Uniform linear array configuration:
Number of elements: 4
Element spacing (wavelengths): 1
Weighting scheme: exponential
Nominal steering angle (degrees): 45
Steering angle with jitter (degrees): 43.503
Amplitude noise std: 0.05
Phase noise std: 0.05

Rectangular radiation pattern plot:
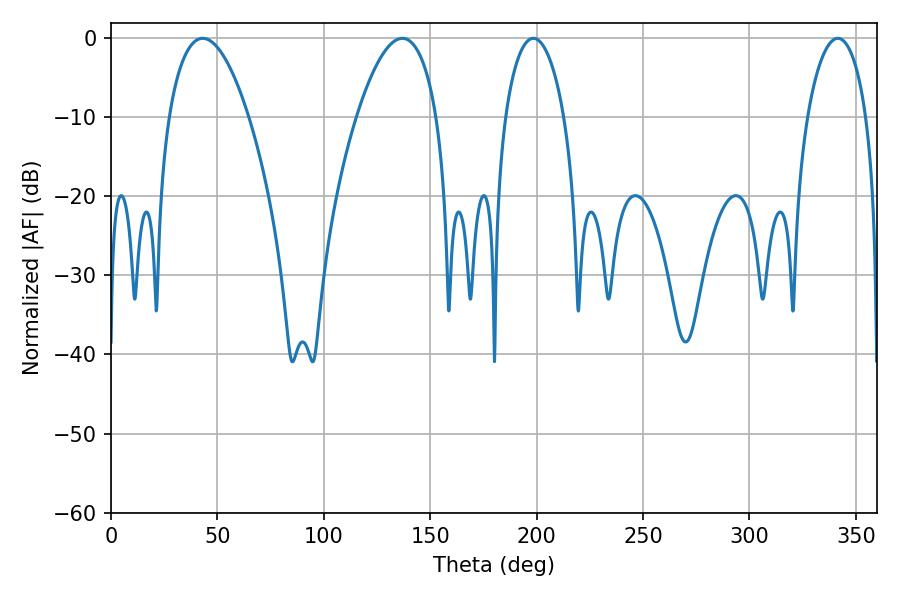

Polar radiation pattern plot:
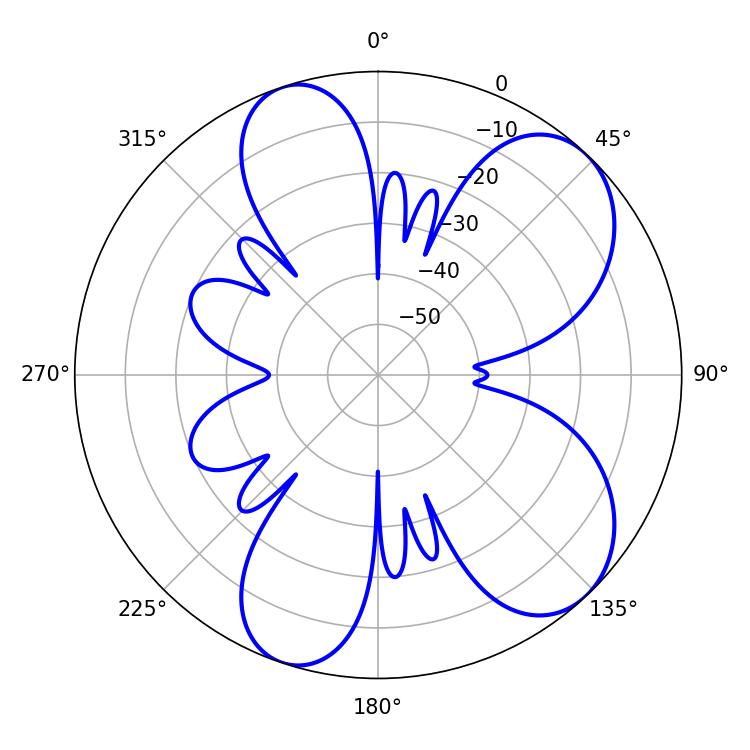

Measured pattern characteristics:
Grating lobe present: TRUE
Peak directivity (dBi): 7.582
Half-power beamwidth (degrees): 20.7
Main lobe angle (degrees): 43.02